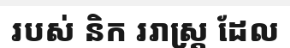
របស់ និក ររាស្ត្រ ដែល